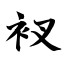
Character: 衩